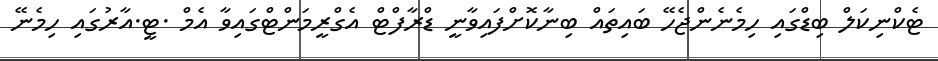
ޓެކްނިކަލް ބިޑްގައި ހިމެނެންޖެހޭ ބައިތައް ބިނާކޮށްފައިވާނީ ޑްރާފްޓް އެގްރީމަންޓްގައިވާ އެމް .ޓީ.އާރުގައި ހިމެނޭ